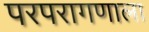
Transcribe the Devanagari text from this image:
परपरागणाला